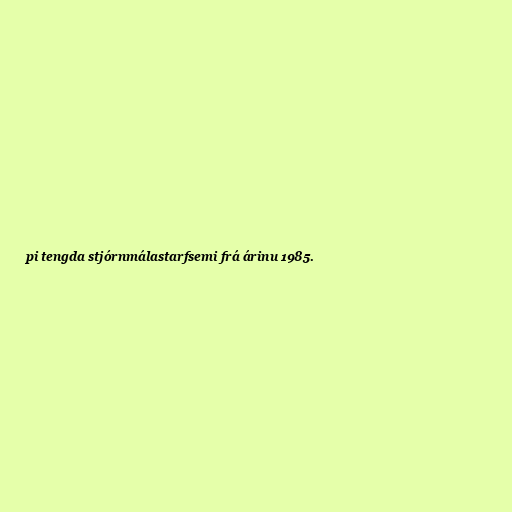
pi tengda stjórnmálastarfsemi frá árinu 1985.